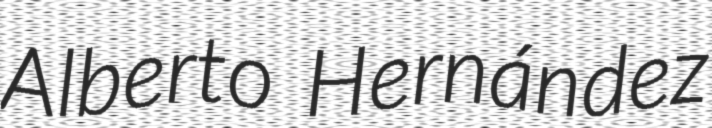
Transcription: Alberto Hernández